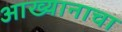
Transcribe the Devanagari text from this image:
आख्यानाचा